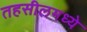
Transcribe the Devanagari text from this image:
तहसीलमध्ये